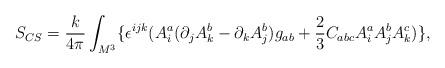
LaTeX: \begin{align*}S_{CS}=\frac k{4\pi }\int_{M^3}\{\epsilon ^{ijk}(A_i^a(\partial_jA_k^b-\partial _kA_j^b)g_{ab}+\frac 23C_{abc}A_i^aA_j^bA_k^c)\},\end{align*}